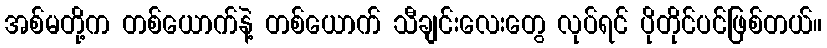
အစ်မတို့က တစ်ယောက်နဲ့ တစ်ယောက် သီချင်းလေးတွေ လုပ်ရင် ပိုတိုင်ပင်ဖြစ်တယ်။